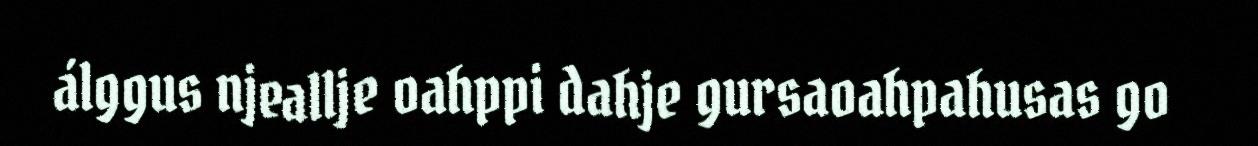
álggus njeallje oahppi dahje gursaoahpahusas go